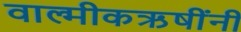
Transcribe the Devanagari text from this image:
वाल्मीकऋषींनी